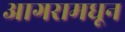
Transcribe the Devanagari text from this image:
आगरामधून